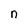
Character: n